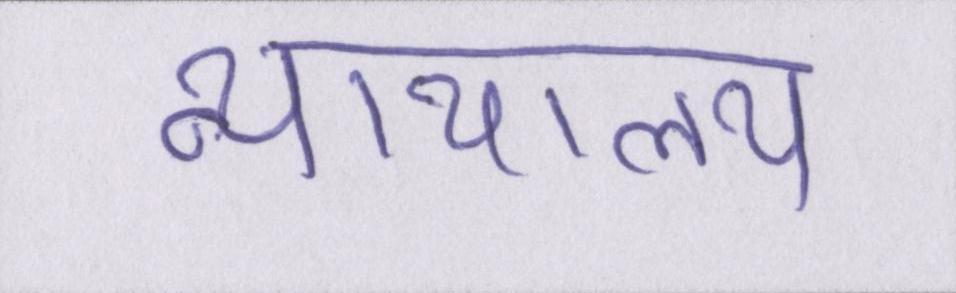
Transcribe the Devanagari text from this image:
न्यायालय